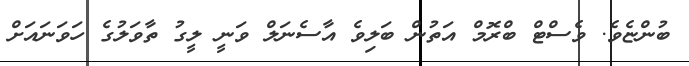
ބުންޏެވެ. ވެސްޓް ބްރޮމް އަތުން ބަލިވެ އާސެނަލް ވަނީ ލީގު ތާވަލުގެ ހަވަނައަށް